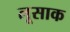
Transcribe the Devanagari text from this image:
लूसाक